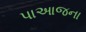
પાઆજના